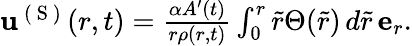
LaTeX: \begin{array}{r}{\mathbf{u}^{\mathrm{~(~S~)~}}(r,t)=\frac{\alpha A^{\prime}(t)}{r\rho(r,t)}\int_{0}^{r}\tilde{r}\Theta(\tilde{r})\, d\tilde{r}\, \mathbf{e}_{r}.}\end{array}